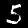
Label: 5